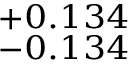
^ { + 0 . 1 3 4 } _ { - 0 . 1 3 4 }